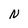
Character: N